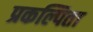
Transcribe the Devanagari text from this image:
प्रकल्पिता